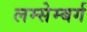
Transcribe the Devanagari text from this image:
लम्सेम्बर्ग